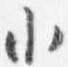
小